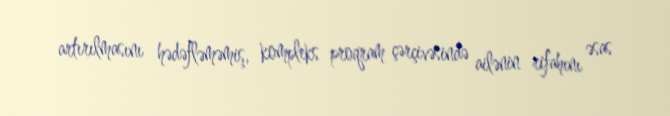
artırılmasını hədəfləməmiş, kompleks proqram çərçivəsində ailənin rifahını əsas